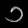
Digit: ၁